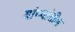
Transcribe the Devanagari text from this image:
यांच्यांतील